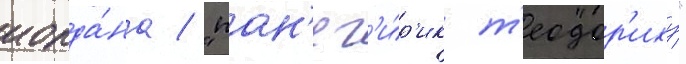
иорда́на / "пан'ег'и́р'ик т'еодор'иху"